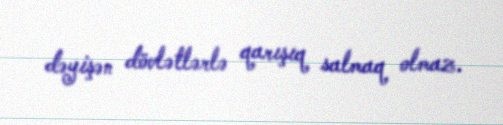
dəyişən dövlətlərlə qarışıq salmaq olmaz.